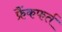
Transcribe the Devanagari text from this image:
फ्रैंकफर्त